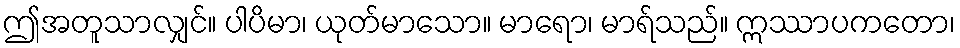
ဤအတူသာလျှင်။ ပါပိမာ၊ ယုတ်မာသော။ မာရော၊ မာရ်သည်။ ဣဿာပကတော၊